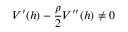
V ^ { \prime } ( h ) - \frac { \rho } { 2 } V ^ { \prime \prime } ( h ) \neq 0